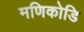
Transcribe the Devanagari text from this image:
मणिकोडि